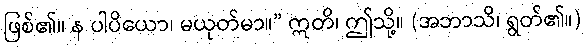
ဖြစ်၏။ န ပါပိယော၊ မယုတ်မာ။” ဣတိ၊ ဤသို့။ (အဘာသိ၊ ရွတ်၏။)